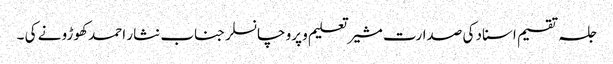
جلسہ تقسیم اسناد کی صدارت مشیر تعلیم و پرو چانسلر جناب نثار احمد کھوڑو نے کی ۔